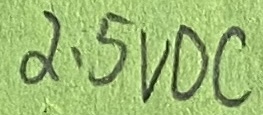
Text: 2.5VDC